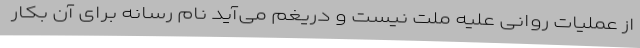
از عملیات روانی علیه ملت نیست و دریغم می‌آید نام رسانه برای آن بکار